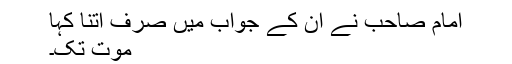
امام صاحب نے ان کے جواب میں صرف اتنا کہا
موت تک۔